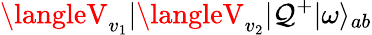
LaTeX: \langleV_{v_{1}}|\langleV_{v_{2}}|\mathcal{Q}^{+}|\omega\rangle_{ab}